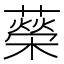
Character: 𦾵